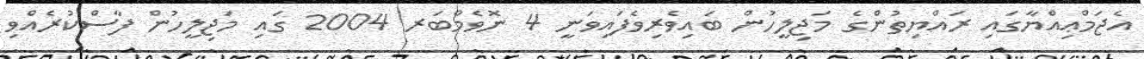
އެޖަމްޢިއްޔާގައި ރައްޔިތުންގެ މަޖިލީހުން ބައިވެރިވެފައިވަނީ 4 ނޮވެމްބަރ 2004 ގައި މަޖިލީހުން ފާސްކުރެއްވި